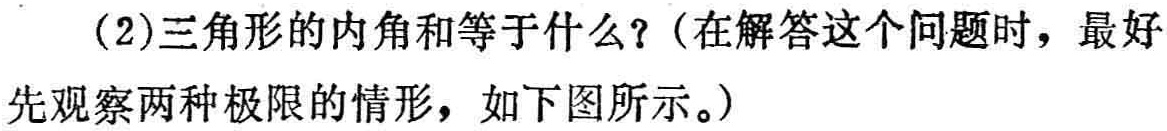
(2)三角形的内角和等于什么？(在解答这个问题时，最好先观察两种极限的情形，如下图所示。)